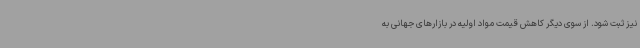
نیز ثبت شود. از سوی دیگر کاهش قیمت مواد اولیه در بازارهای جهانی به